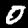
Digit: 0